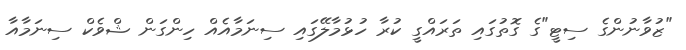
"ޒުވާނުންގެ ސިޓީ"ގެ ގޮތުގައި ތަރައްގީ ކުރާ ހުޅުމާލޭގައި ސިނަމާއެއް ހިންގަން ޝްވެކް ސިނަމާއާ